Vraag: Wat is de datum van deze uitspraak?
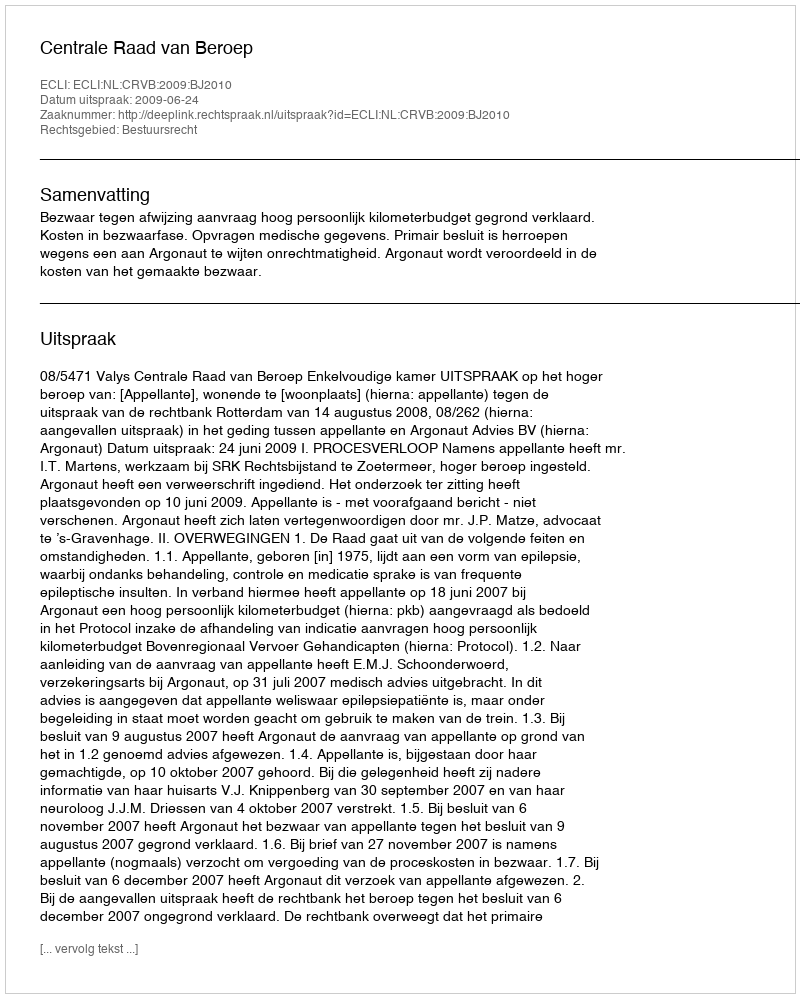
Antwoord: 2009-06-24